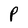
Character: P